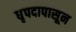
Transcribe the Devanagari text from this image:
धृपदापासून